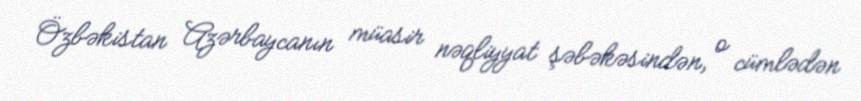
Özbəkistan Azərbaycanın müasir nəqliyyat şəbəkəsindən, o cümlədən